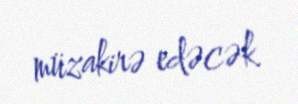
müzakirə edəcək.